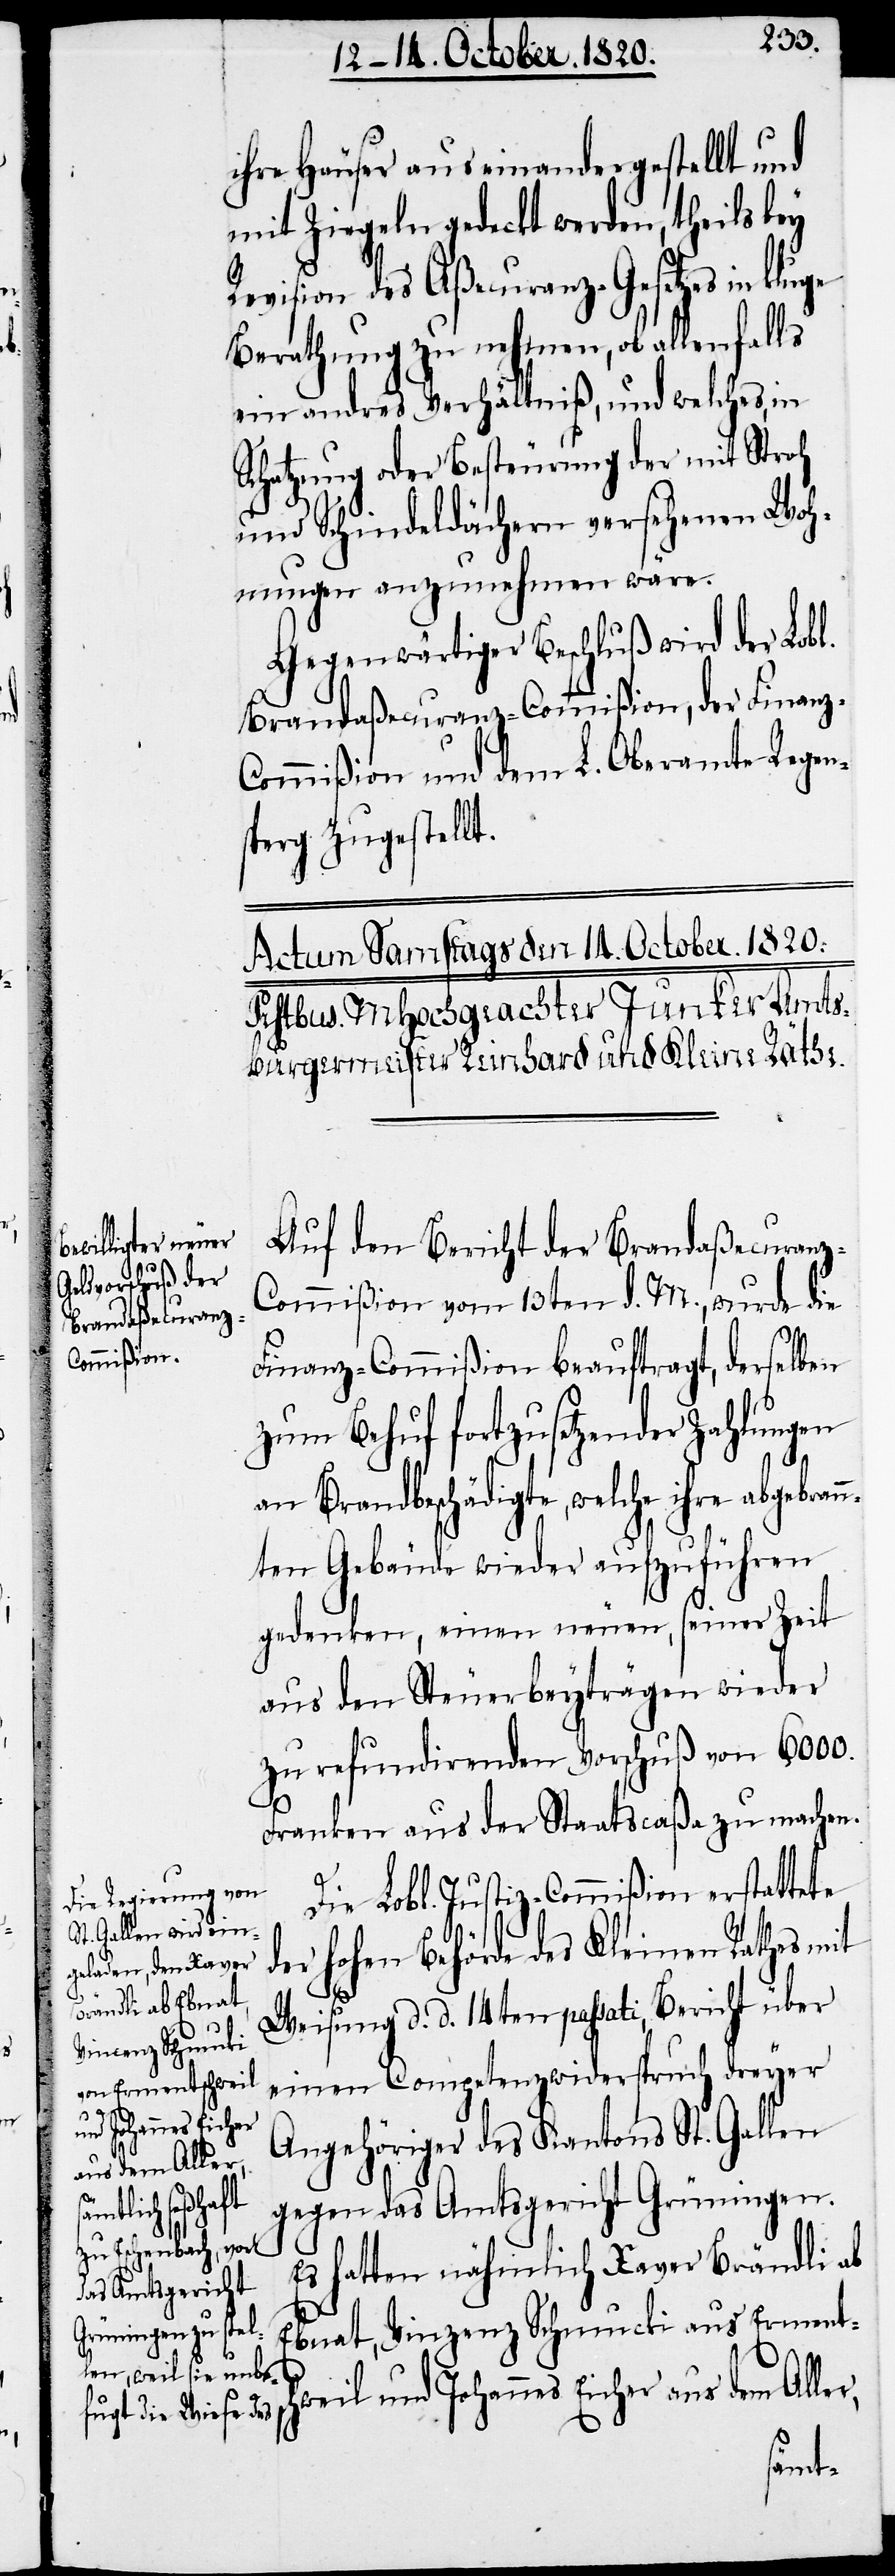
rann¬

ge
u¬
nd Johannes Eicher
aus dem Aller,
schweil

ihre Häuser aus einandergestellt und
mit Ziegeln geckt werden, theils bey
Revision des Aßecuranz-Gesetzes in klu¬
Berathung zu nehmen, ob allenfalls
ein andres Verhältniß, und welches, in
Schatzung oder Besteurung der mit Stroh
und Schindeldächern versehenen Woh¬
nungen anzunehmen wäre.
Gegenwärtiger Beschluß wird der Lobl.
Brandaßecuranz-Commißion, der Finan¬
z-Commißion und dem L. Oberamte Regens¬
perg zugestellt.
Auf den Bericht der Brandaßecuran¬
z-Commißion vom 13ten d. M. wurde die
Finanz-Commißion beauftragt, derselben
zum Behuf fortzusetzender Zahlungen
an Brandbeschädigte, welche ihre abgeb¬
ten Gebäude wieder aufzuführen
gedenken, einen neuen, seiner Zeit
aus den Steuerbeyträgen wieder
zu refundirenden Vorschuß von 6000.
Franken aus der Staatscaßa zu machen.
Die Lobl. Justiz-Commißion erstattete
der hohen Behörde des Kleinen Rathes mit
Weisung d. d. 14ten passati, Bericht über
einen Competenzwiderspruch dreyer
Angehörige des Kantons St. Gallen
gegen das Amtsgericht Grüningen.
Es hatten nähmlich Xaver Brändli ab
Ebnat, Vinzenz Schmucki aus Erment¬